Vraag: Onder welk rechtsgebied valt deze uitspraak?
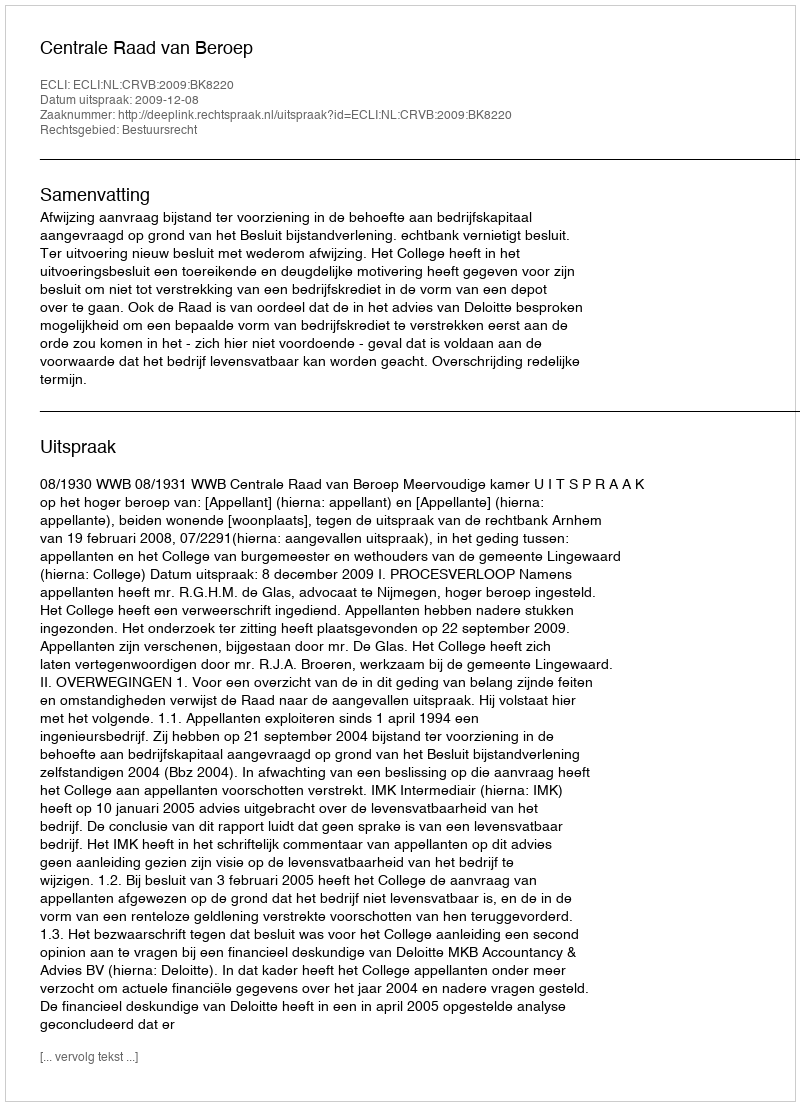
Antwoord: Bestuursrecht